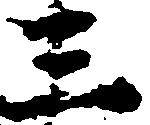
三